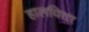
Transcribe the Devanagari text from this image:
हालविता